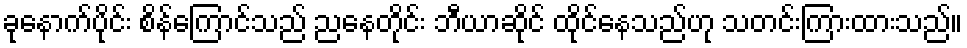
ခုနောက်ပိုင်း စိန်ကြောင်သည် ညနေတိုင်း ဘီယာဆိုင် ထိုင်နေသည်ဟု သတင်းကြားထားသည်။